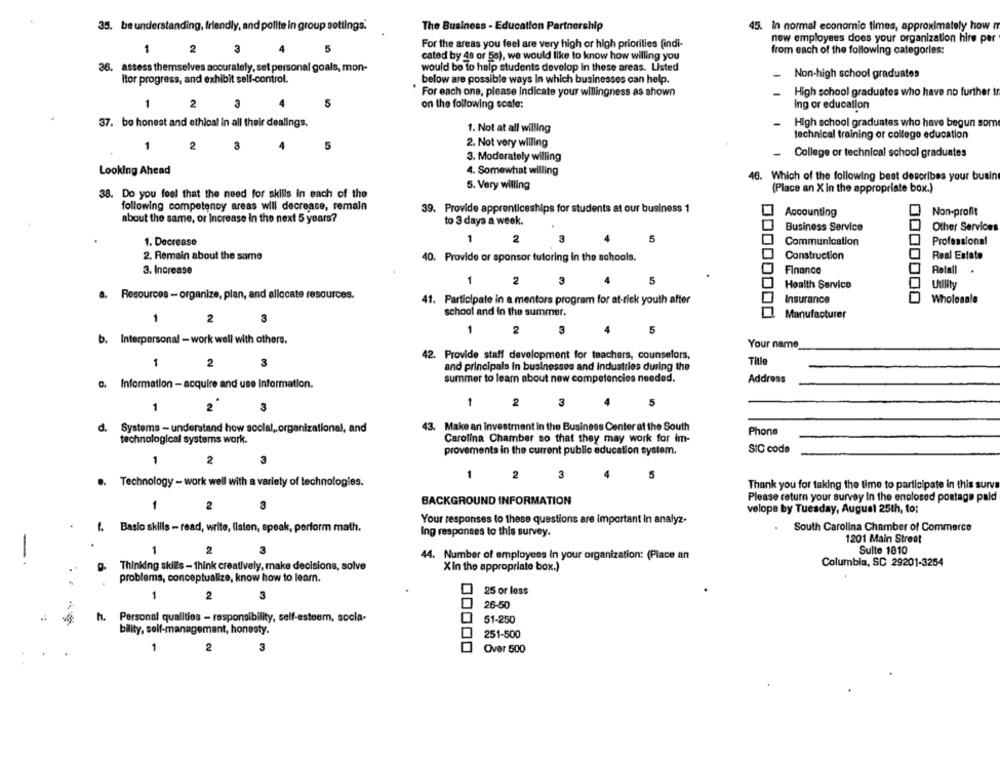
35. be understanding, friendly, and polite in group settings.
The Business - Education Partnership
45. In normal economic times, approximately how m
new employees does your organization hire per
For the areas you feel are very high or high priorities (indi-
1
2
3
5
from each of the following categories:
cated by 48 or 5s), we would like to know how willing you
36. assess themselves accurately, set personal goals, mon-
would be to help students develop in these areas. Listed
- Non-high school graduates
itor progress, and exhibit self-control.
below are possible ways in which businesses can help.
For each one, please indicate your willingness as shown
High school graduates who have no further tr
2
3
5
on the following scafe;
ing or education
37. be honest and ethical in all their dealings.
1. Not at all willing
High school graduates who have begun som
technical training or college education
3
5
2. Not very willing
1
2
College or technical school graduates
3. Moderately willing
Looking Ahead
4. Somewhat willing
46. Which of the following best describes your busin
5. Very willing
(Place an X in the appropriate box.)
38. Do you feel that the need for skills in each of the
following competency areas will decrease, remain
39. Provide apprenticeships for students at our business 1
Accounting
Non-profit
about the same, or Increase In the next 5 years?
to 3 days a week.
Business Service
Other Services
3
1. Decrease
1
2
5
Communication
Professional
2. Remain about the same
40. Provide or sponsor tutoring in the schools.
Construction
Real Estate
3. Increase
Finance
Rotall
1
2
3
5
Health Service
Utility
..
a. Resources - organize, plan, and allocate resources.
Wholesale
41. Participate in a mentors program for at-risk youth after
Insurance
school and in the summer.
1
2
3
Manufacturer
1
2
3
5
b. Interpersonal - work well with others.
Your name
42. Provide staff development for teachers, counselors,
Title
1
2
3
and principals in businesses and industries during the
summer to learn about new competencies needed.
Address
c. Information - acquire and use Information.
1
2
3
4
5
1
3
d. Systems - understand how social, organizational, and
43. Make an investment in the Business Center at the South
Phone
technological systems work.
Carolina Chamber so that they may work for im-
provements in the current public education system.
SIC code
1
2
3
3
Technology - work well with a variety of technologies.
1
2
5
Thank you for taking the time to participate in this surve
3
BACKGROUND INFORMATION
Please return your survey In the enclosed postage paid
1
2
velope by Tuesday, August 25th, to:
Your responses to these questions are important in analyz-
(. Baslo skills - read, write, listen, speak, perform math.
South Carolina Chamber of Commerce
Ing responses to this survey.
1201 Main Street
1
2
3
Sulte 1810
44. Number of employees In your organization: (Place an
Thinking skills - think creatively, make decisions, solve
Columbia, SC 29201-3254
Xin the appropriate box.)
problems, conceptualize, know how to learn.
1
2
3
25 or loss
26-50
h. Personal qualitios - responsibility, self-esteem, socia-
51-250
bility, self-management, honesty.
251-500
1
2
3
Over 500